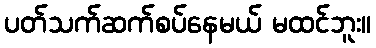
ပတ်သက်ဆက်စပ်နေမယ် မထင်ဘူး။